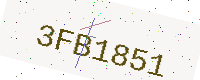
Text: 3FB1851